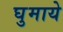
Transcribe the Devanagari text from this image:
घुमाये